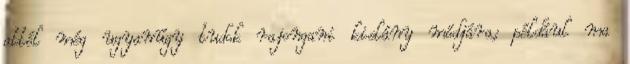
attól még ugyanúgy tudok rajongani kislány módjára; például ma